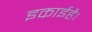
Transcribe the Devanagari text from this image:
इकाईहै।